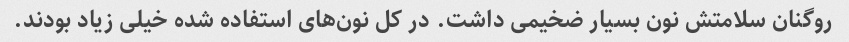
روگنان سلامتش نون بسیار ضخیمی داشت. در کل نون‌های استفاده شده خیلی زیاد بودند.